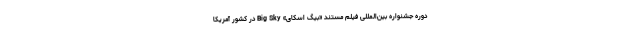
دوره جشنواره بین‌المللی فیلم مستند «بیگ اسکای» Big Sky در کشور آمریکا